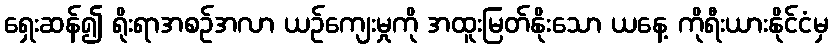
ရှေးဆန်၍ ရိုးရာအစဉ်အလာ ယဉ်ကျေးမှုကို အထူးမြတ်နိုးသော ယနေ့ ကိုရီးယားနိုင်ငံမှ